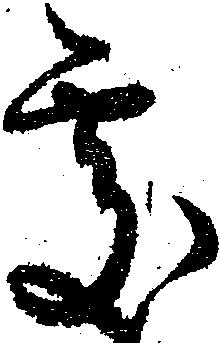
処